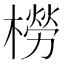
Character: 橯